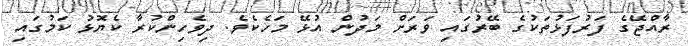
ރާއްޖޭގެ ފަރުފަޅުތަކުގެ ބޭރުގައި ވަރަށް މަދުން އުޅޭ މަހެކެވެ. ދިވެހިންކުރާ ކެޔޮޅު ކަމުގައި